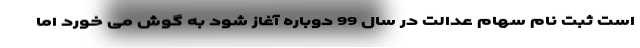
است ثبت نام سهام عدالت در سال 99 دوباره آغاز شود به گوش می خورد اما